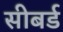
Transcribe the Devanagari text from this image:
सीबर्ड